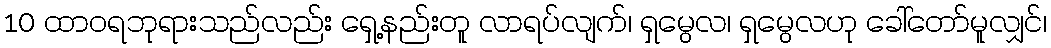
10 ထာဝရဘုရားသည်လည်း ရှေ့နည်းတူ လာရပ်လျက်၊ ရှမွေလ၊ ရှမွေလဟု ခေါ်တော်မူလျှင်၊